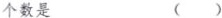
个数是 ( )